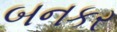
બનકર